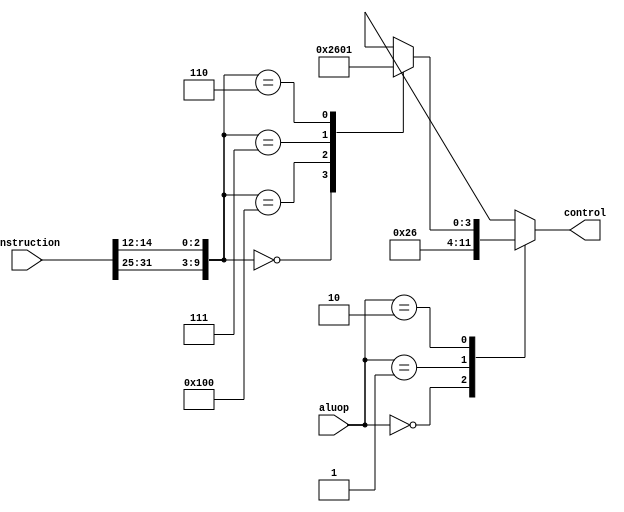
module alucontrol(instruction,aluop,control);
input [31:0] instruction;
input [1:0] aluop;
output reg [3:0] control;
wire [6:0] fun7;
wire [2:0] fun3;
assign fun3 = instruction[14:12];
assign fun7 = instruction[31:25];

always @(aluop)
casex(aluop)
  2'b00:control <= 4'b0010;
  2'b01:control <= 4'b0110;
  2'b10:begin
    casex({fun7,fun3})
      10'b0000000000:control <= 4'b0010;
      10'b0100000000:control <= 4'b0110;
      10'b0000000111:control <= 4'b0000;
      10'b0000000110:control <= 4'b0001;
      default:control <= 4'bxxxx;
endcase
end
default:control <= 4'bxxxx;
endcase
        

endmodule